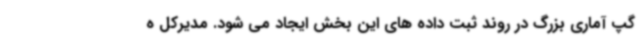
گپ آماری بزرگ در روند ثبت داده های این بخش ایجاد می شود. مدیرکل ه